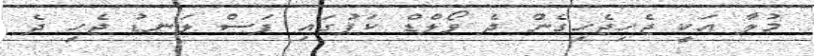
މުލާ އަކީ ޖެހިޖެހިގެން ދެ ވޯލްޑް ކަޕުގައި ފަސް ލަނޑު ޖެހި ދެ